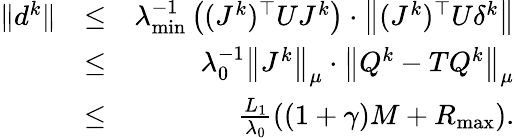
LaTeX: \begin{array}{rlr}{\| d^{k}\| }&{\leq}&{\lambda_{\operatorname*{min}}^{-1}\left((J^{k})^{\top}UJ^{k}\right)\cdot\left\| (J^{k})^{\top}U\delta^{k}\right\| }\\ &{\leq}&{\lambda_{0}^{-1}\left\| J^{k}\right\| _{\mu}\cdot\left\| Q^{k}-TQ^{k}\right\| _{\mu}}\\ &{\leq}&{\frac{L_{1}}{\lambda_{0}}\left((1+\gamma)M+R_{\operatorname*{max}}\right).}\end{array}